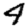
Digit: 4